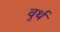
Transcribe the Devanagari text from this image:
वुर्थ